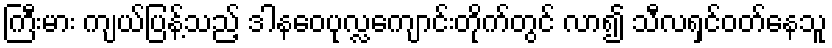
ကြီးမား ကျယ်ပြန့်သည့် ဒါနဝေပုလ္လကျောင်းတိုက်တွင် လာ၍ သီလရှင်ဝတ်နေသူ